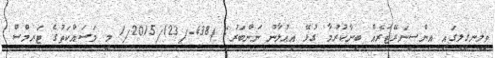
ވިލިނގިލީގައި އިންސިނަރޭޓަރެއް ބިނާކުރުމާ ގުޅޭ އިޢުލާނު ނަންބަރު: )438-/1/2015/123 މި މަސައްކަތުގެ ޓަރމްސް